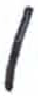
אות: ו